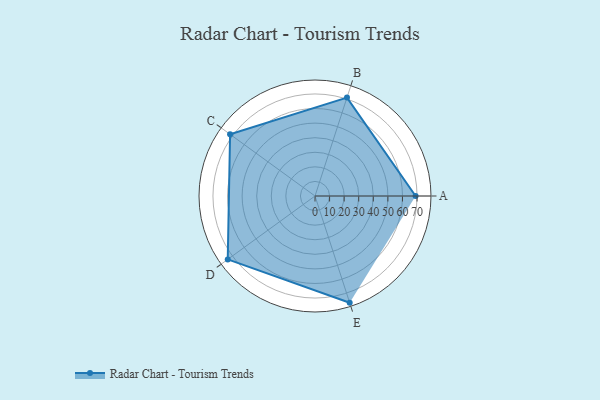
{"axis": {"x": "Skill", "y": "Score"}, "legend": ["Profile"], "data": [{"x": "A", "y": 69.0, "type": "Profile"}, {"x": "B", "y": 71.0, "type": "Profile"}, {"x": "C", "y": 72.0, "type": "Profile"}, {"x": "D", "y": 74.0, "type": "Profile"}, {"x": "E", "y": 77.0, "type": "Profile"}]}